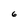
Character: 6